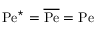
\mathrm { P e } ^ { \star } = \overline { { \mathrm { P e } } } = \mathrm { P e }